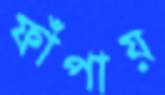
ফাঁপায়